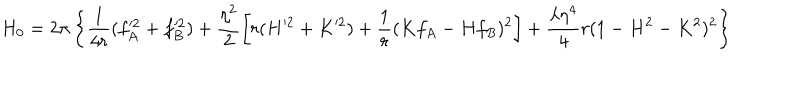
H _ { 0 } = 2 \pi \left\{ \frac { 1 } { 4 r } ( f _ { A } ^ { \prime 2 } + f _ { B } ^ { \prime 2 } ) + \frac { \eta ^ { 2 } } { 2 } \left[ r ( H ^ { \prime 2 } + K ^ { \prime 2 } ) + \frac { 1 } { r } ( K f _ { A } - H f _ { B } ) ^ { 2 } \right] + \frac { \lambda \eta ^ { 4 } } { 4 } r ( 1 - H ^ { 2 } - K ^ { 2 } ) ^ { 2 } \right\}